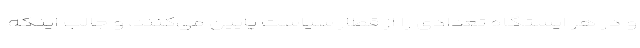
و در هر ایستگاه تعدادی را از قطار سیاست پایین می‌کنند، و جالب اینکه